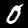
Label: 0